Indian journal of veterinary science and animal husbandry - Volume 4,
Year: 1934
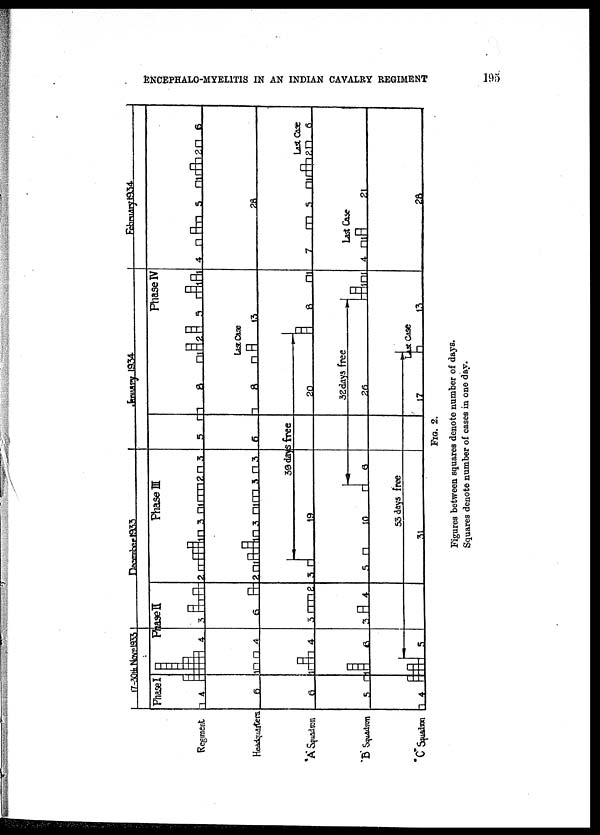
ENCEPHALO-MYEITIS IN AN INDIAN CAVALRY REGIMENT
195
FIG. 2.
Figures between squares denote number of days.
Squares denote number of cases in one day.